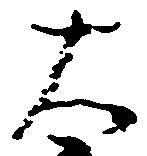
大